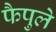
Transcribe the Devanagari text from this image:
फैपुले